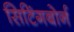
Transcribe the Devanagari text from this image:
सिटिंगबोर्न